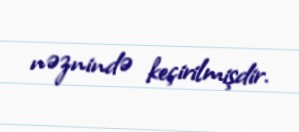
nəznində keçirilmişdir.